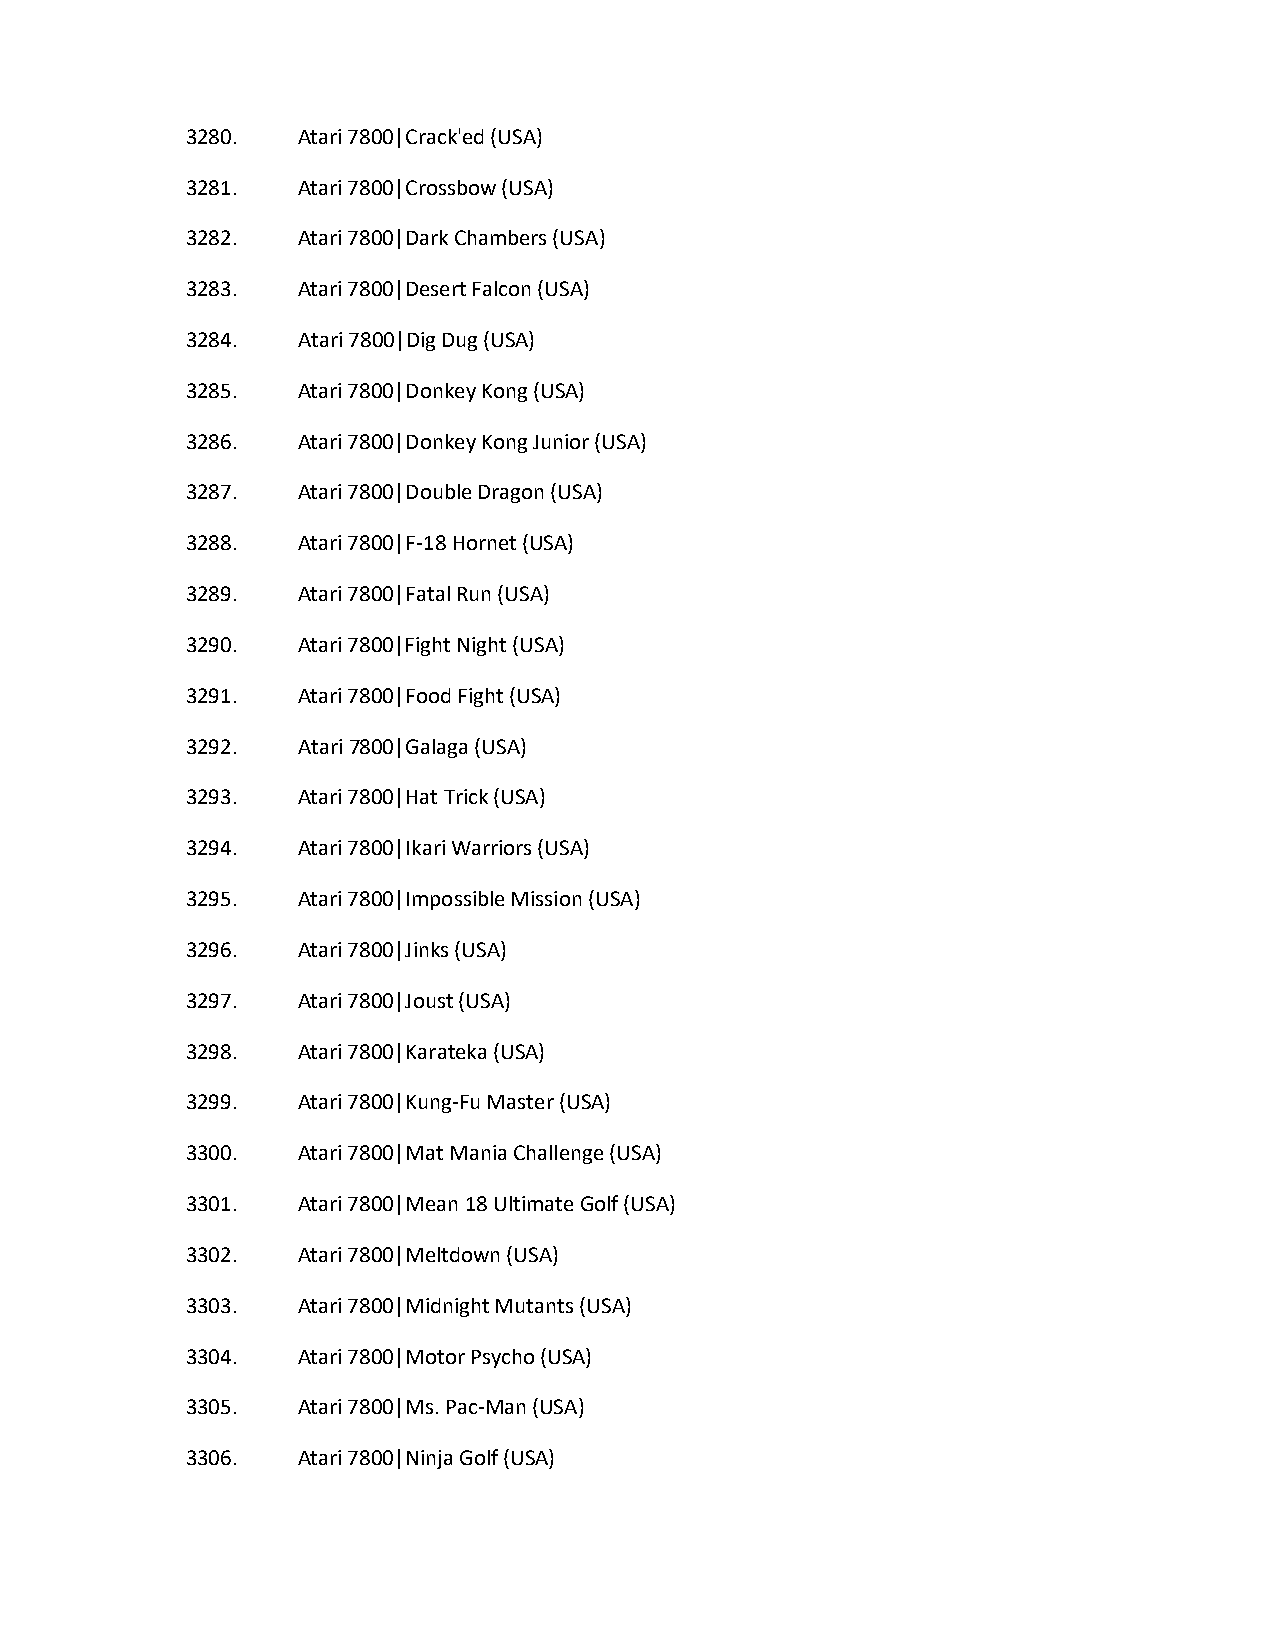
3280.   Atari 7800|Crack'ed (USA)
 3281.   Atari 7800|Crossbow (USA)
 3282.   Atari 7800|Dark Chambers (USA)
 3283.   Atari 7800|Desert Falcon (USA)
 3284.   Atari 7800|Dig Dug (USA)
 3285.   Atari 7800|Donkey Kong (USA)
 3286.   Atari 7800|Donkey Kong Junior (USA)
 3287.   Atari 7800|Double Dragon (USA)
 3288.   Atari 7800|F-18 Hornet (USA)
 3289.   Atari 7800|Fatal Run (USA)
 3290.   Atari 7800|Fight Night (USA)
 3291.   Atari 7800|Food Fight (USA)
 3292.   Atari 7800|Galaga (USA)
 3293.   Atari 7800|Hat Trick (USA)
 3294.   Atari 7800|Ikari Warriors (USA)
 3295.   Atari 7800|Impossible Mission (USA)
 3296.   Atari 7800|Jinks (USA)
 3297.   Atari 7800|Joust (USA)
 3298.   Atari 7800|Karateka (USA)
 3299.   Atari 7800|Kung-Fu Master (USA)
 3300.   Atari 7800|Mat Mania Challenge (USA)
 3301.   Atari 7800|Mean 18 Ultimate Golf (USA)
 3302.   Atari 7800|Meltdown (USA)
 3303.   Atari 7800|Midnight Mutants (USA)
 3304.   Atari 7800|Motor Psycho (USA)
 3305.   Atari 7800|Ms. Pac-Man (USA)
 3306.   Atari 7800|Ninja Golf (USA)